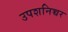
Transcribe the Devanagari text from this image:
उपशनिच्चर